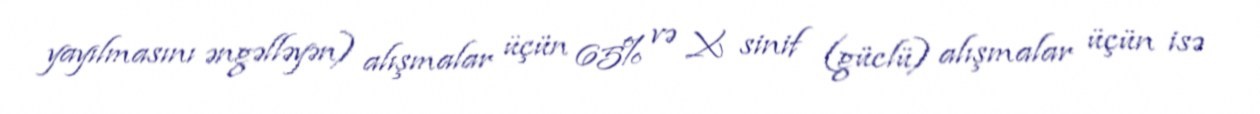
yayılmasını əngəlləyən) alışmalar üçün 65% və X sinif (güclü) alışmalar üçün isə